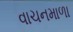
વાચનમાળા